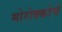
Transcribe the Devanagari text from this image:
मोरोक्कोचे